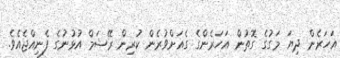
އަހަރެން ދިޔަ މަގުގެ ގޮތުން އަހަރެންގެ ގެއަށްވުރެން ކުރިން ރޭޝަމް އުޅުނުގެ ފެނިއްޖެއެވެ.